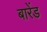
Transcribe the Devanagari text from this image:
बारेंड